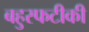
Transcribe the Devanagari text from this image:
बहुस्फटीकी